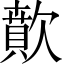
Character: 歕